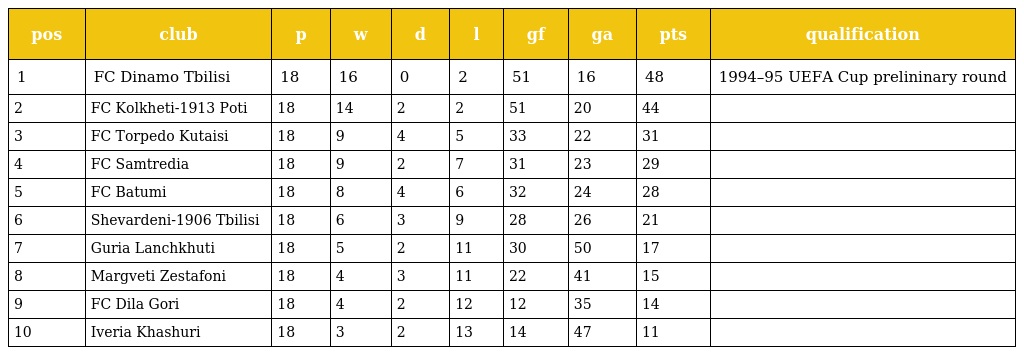
| pos | club | p | w | d | l | gf | ga | pts | qualification |
 | --- | --- | --- | --- | --- | --- | --- | --- | --- | --- |
 | 1 | FC Dinamo Tbilisi | 18 | 16 | 0 | 2 | 51 | 16 | 48 | 1994–95 UEFA Cup prelininary round |
 | 2 | FC Kolkheti-1913 Poti | 18 | 14 | 2 | 2 | 51 | 20 | 44 |  |
 | 3 | FC Torpedo Kutaisi | 18 | 9 | 4 | 5 | 33 | 22 | 31 |  |
 | 4 | FC Samtredia | 18 | 9 | 2 | 7 | 31 | 23 | 29 |  |
 | 5 | FC Batumi | 18 | 8 | 4 | 6 | 32 | 24 | 28 |  |
 | 6 | Shevardeni-1906 Tbilisi | 18 | 6 | 3 | 9 | 28 | 26 | 21 |  |
 | 7 | Guria Lanchkhuti | 18 | 5 | 2 | 11 | 30 | 50 | 17 |  |
 | 8 | Margveti Zestafoni | 18 | 4 | 3 | 11 | 22 | 41 | 15 |  |
 | 9 | FC Dila Gori | 18 | 4 | 2 | 12 | 12 | 35 | 14 |  |
 | 10 | Iveria Khashuri | 18 | 3 | 2 | 13 | 14 | 47 | 11 |  |